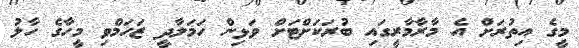
މީގެ އިތުރަށް އެ މާރާމާރީގައި ބުރަކަށްޓަށް ވަޅިން ހަމަލާދީ ޒަހަމްވި މީހާގެ ހާލު